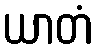
ယာတံ